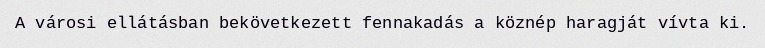
A városi ellátásban bekövetkezett fennakadás a köznép haragját vívta ki.